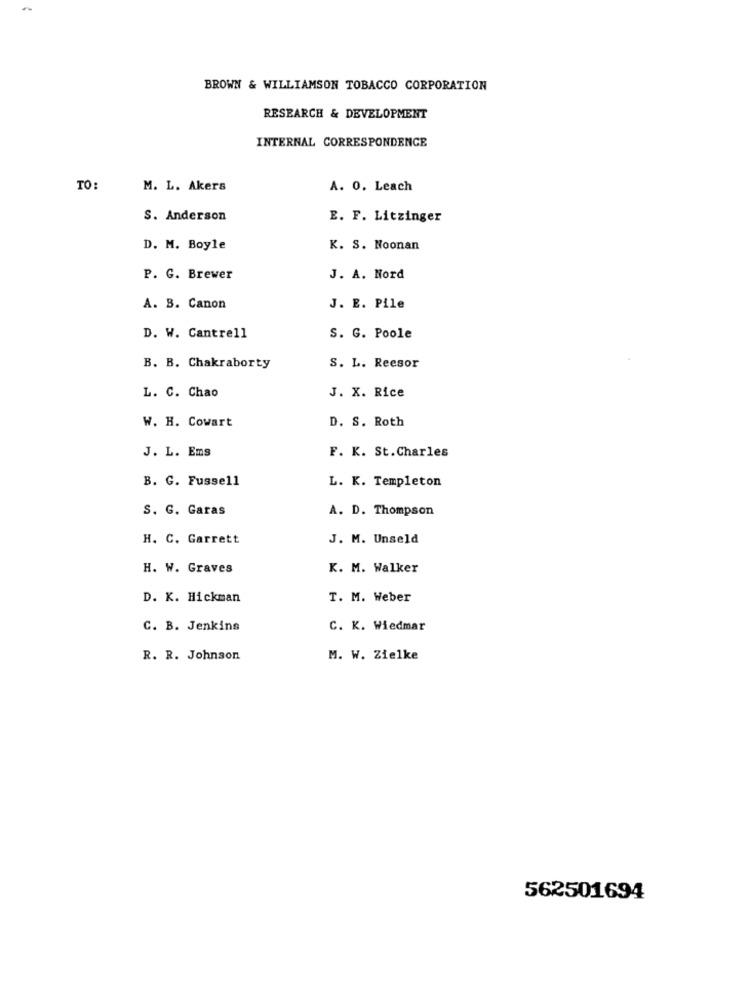
BROWN & WILLIAMSON TOBACCO CORPORATION
RESEARCH & DEVELOPMENT
INTERNAL CORRESPONDENCE
TO:
M. L. Akers
A. 0. Leach
S. Anderson
E. F. Litzinger
D. M. Boyle
K. S. Noonan
P. G. Brewer
J. A. Nord
A. B. Canon
J. E. Pile
D. W. Cantrell
S. G. Poole
B. B. Chakraborty
S. L. Reesor
L. C. Chao
J. X. Rice
W. H. Cowart
D. S. Roth
J. L. Ems
F. K. St.Charles
B. G. Fussell
L. K. Templeton
S. G. Garas
A. D. Thompson
H. C. Garrett
J. M. Unseld
H. W. Graves
K. M. Walker
D. K. Hickman
T. M. Weber
C. B. Jenkins
C. K. Wiedmar
R. R. Johnson
M. W. Zielke
562501694